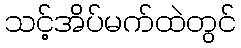
သင့်အိပ်မက်ထဲတွင်